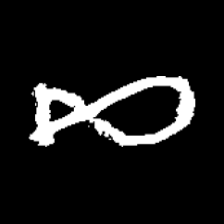
Pyu character \u2014 Myanmar letter: ဆ (romanized: cha)